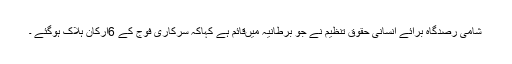
شامی رصدگاہ برائے انسانی حقوق تنظیم نے جو برطانیہ میںقائم ہے کہاکہ سرکاری فوج کے 6ارکان ہلاک ہوگئے ۔